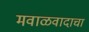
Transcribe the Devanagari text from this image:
मवाळवादाचा